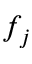
f _ { j }